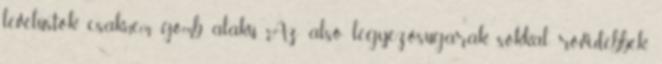
levélüstök csaknem gömb alakú. Az alsó legyezősugarak sokkal rövidebbek,